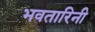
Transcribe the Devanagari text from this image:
भवतारिनी